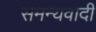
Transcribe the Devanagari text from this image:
समन्यवादी